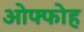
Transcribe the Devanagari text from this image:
ओफ्फोह